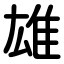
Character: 雄